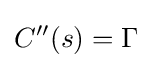
C''(s)=\Gamma